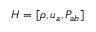
H = [ \rho , u _ { a } , P _ { a b } ]